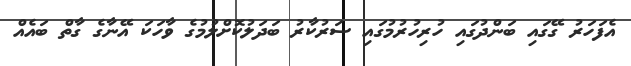
އެފަހަރު ގޭގައި ބަންދުގައި ހުރިހުރުމުގައި ސަރުކާރު ބަދަލުކޮށްލުމުގެ ވާހަކަ އޭނާގެ ގާތް ބައެއް